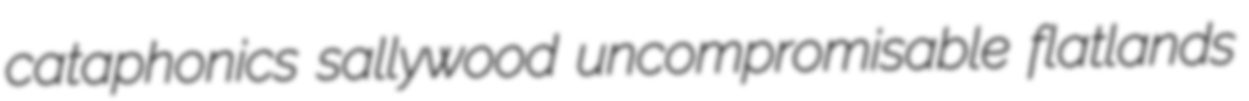
cataphonics sallywood uncompromisable flatlands